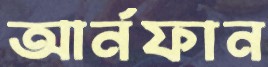
আর্নফান